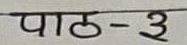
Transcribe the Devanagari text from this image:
पाठ-३